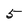
Character: 5